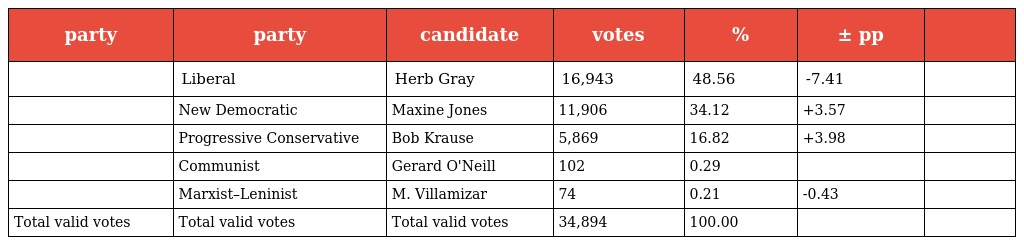
| party | party | candidate | votes | % | ± pp |  |
 | --- | --- | --- | --- | --- | --- | --- |
 |  | Liberal | Herb Gray | 16,943 | 48.56 | -7.41 |  |
 |  | New Democratic | Maxine Jones | 11,906 | 34.12 | +3.57 |  |
 |  | Progressive Conservative | Bob Krause | 5,869 | 16.82 | +3.98 |  |
 |  | Communist | Gerard O'Neill | 102 | 0.29 |  |  |
 |  | Marxist–Leninist | M. Villamizar | 74 | 0.21 | -0.43 |  |
 | Total valid votes | Total valid votes | Total valid votes | 34,894 | 100.00 |  |  |